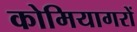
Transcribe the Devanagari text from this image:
कोमियागरों